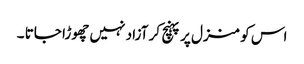
اس کو منزل پر پہنچ کر آزاد نہیں چھوڑا جاتا ۔